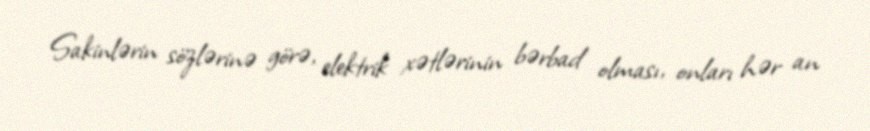
Sakinlərin sözlərinə görə, elektrik xətlərinin bərbad olması, onları hər an